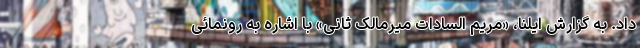
داد. به گزارش ایلنا، «مریم السادات میرمالک ثانی» با اشاره به رونمائی